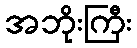
အဘိုးကြီး